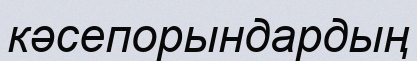
кәсепорындардың